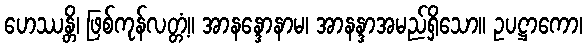
ဟေဿန္တိ၊ ဖြစ်ကုန်လတ္တံ့။ အာနန္ဒောနာမ၊ အာနန္ဒာအမည်ရှိသော။ ဥပဋ္ဌာကော၊